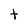
Character: t